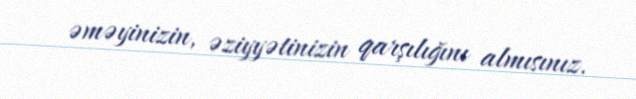
əməyinizin, əziyyətinizin qarşılığını almısınız.